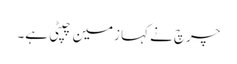
چرچ نے کہا زمین چپٹی ہے۔